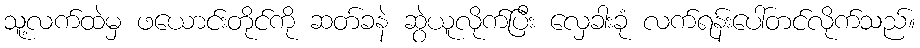
သူ့လက်ထဲမှ ဖယောင်းတိုင်ကို ဆတ်ခနဲ ဆွဲယူလိုက်ပြီး လှေခါးခုံ လက်ရန်းပေါ်တင်လိုက်သည်။